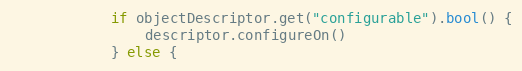
Language: Go
			if objectDescriptor.get("configurable").bool() {
				descriptor.configureOn()
			} else {